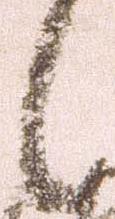
候